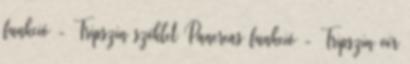
funkció - Tripszin széklet Pancreas funkció - Tripszin vér